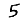
Digit: 5